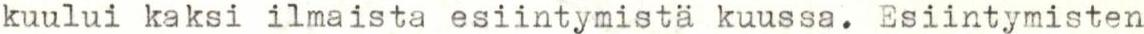
kuului kaksi ilmaista esiintymistä kuussa. Esiintymisten